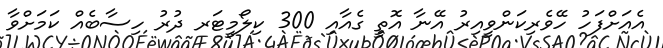
އެއަށްފަހު ހޭވެރިކަންވީއިރު އޭނާ އޮތީ ގެއާއި 300 ކިލޯމީޓަރ ދުރު ހިސާބެއް ކަމަށްވާ